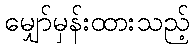
မျှော်မှန်းထားသည့်